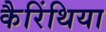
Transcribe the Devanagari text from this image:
कैरिंथिया